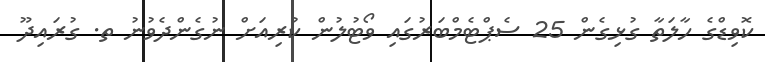
ކޮވިޑްގެ ހާލަތާ ގުޅިގެން 25 ސެޕްޓެމްބަރުގައި ވޯޓުލުން ކުރިއަށް ނުގެންދެވުނު ތ. ގުރައިދޫ